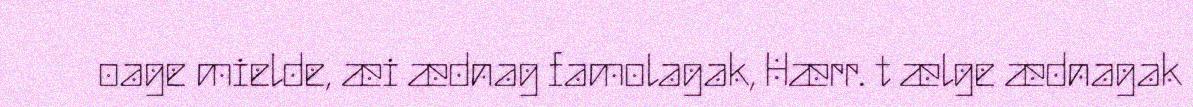
oage mielde, æi ædnag famolagak, Hærr. t ælge ædnagak